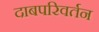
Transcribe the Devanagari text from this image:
दाबपरिवर्तन